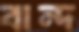
বান্দ